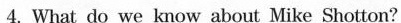
4.What do we know about Mike Shotton?